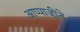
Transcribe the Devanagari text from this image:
आप्पाजीने